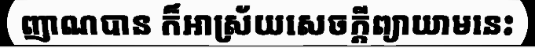
ញាណបាន ក៏អាស្រ័យសេចក្តីព្យាយាមនេះ